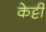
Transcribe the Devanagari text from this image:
केट्टी